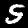
Label: 5